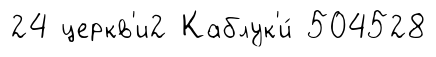
24 церкв'и2 Каблук'и́ 504528